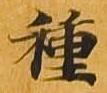
種